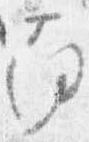
南